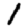
Digit: 1